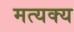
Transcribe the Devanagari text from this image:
मत्यक्य